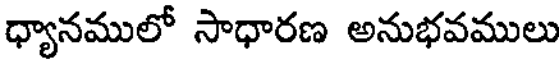
ధ్యానములో సాధారణ అనుభవములు